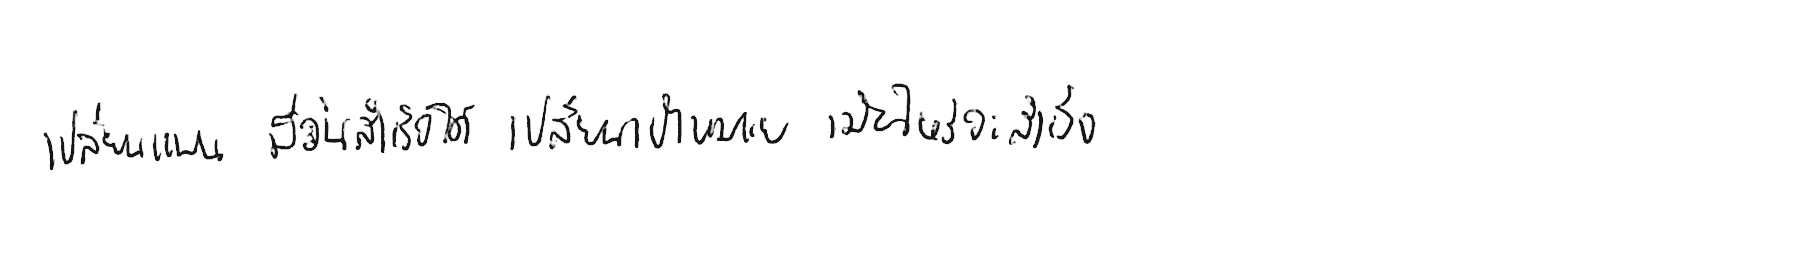
เปลี่ยนแผน มีวันสำเร็จได้ เปลี่ยนเป้าหมาย เมื่อไหร่จะสำเร็จ